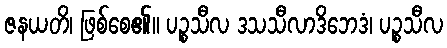
ဇနယတိ၊ ဖြစ်စေ၏။ ပဉ္စသီလ ဒသသီလာဒိဘေဒံ၊ ပဉ္စသီလ